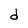
Character: d